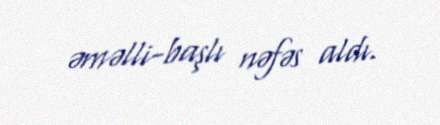
əməlli-başlı nəfəs aldı.